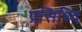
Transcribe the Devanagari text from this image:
प्रसिध्दि